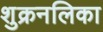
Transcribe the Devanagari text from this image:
शुक्रनलिका